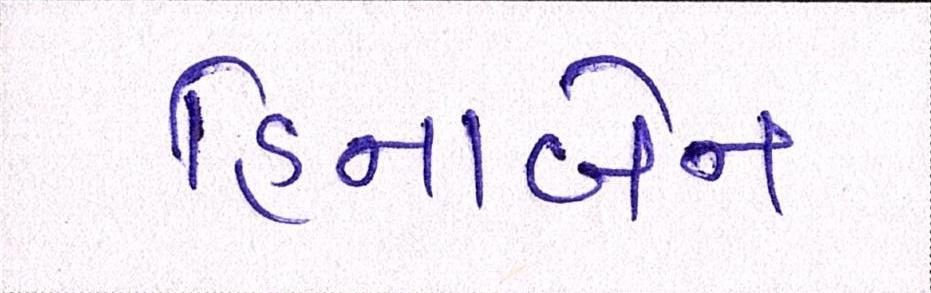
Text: હિનાબેન